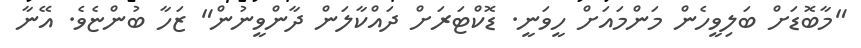
"މާބޮޑަށް ބަލިވީހެން މަންމައަށް ހީވަނީ. ޑޮކްޓަރަށް ދައްކާލަން ދާންވީނުން" ޒަހާ ބުންޏެވެ. އޭނާ